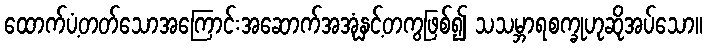
ထောက်ပံ့တတ်သောအကြောင်းအဆောက်အအုံနှင့်တကွဖြစ်၍ သသမ္ဘာရစက္ခုဟုဆိုအပ်သော။